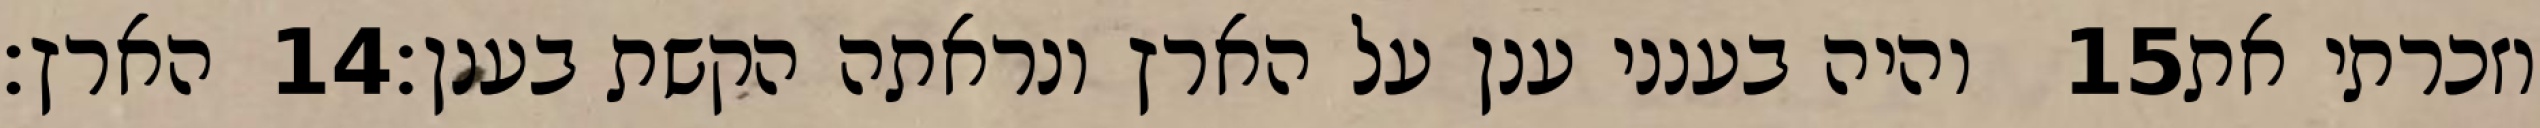
הארץ׃ ‎14‏ והיה בענני ענן על הארץ ונראתה הקשת בענן׃ ‎15‏ וזכרתי את